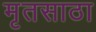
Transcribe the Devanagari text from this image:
मृतसाठा